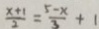
\frac { x + 1 } { 2 } = \frac { 5 - x } { 3 } + 1